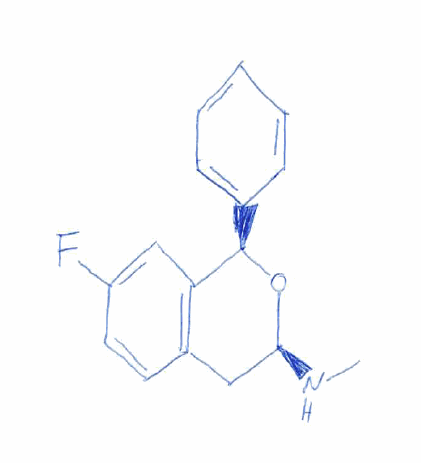
Simplified molecular-input line-entry system (SMILES) notation of the given molecule:
CN[C@H]1CC2=C(C=C(C=C2)F)[C@H](O1)C3=CC=CC=C3